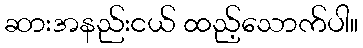
ဆားအနည်းငယ် ထည့်သောက်ပါ။